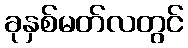
ခုနှစ်မတ်လတွင်